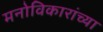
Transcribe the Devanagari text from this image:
मनोविकारांच्या